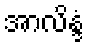
အာလိန္ဒံ